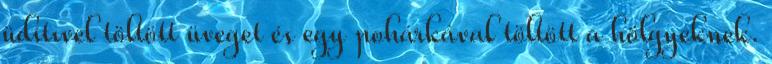
üdítıvel töltött üveget és egy pohárkával töltött a hölgyeknek.